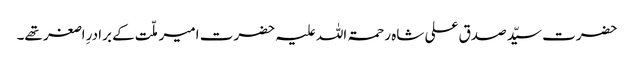
حضرت سیّد صدق علی شاہ رحمۃ اللہ علیہ حضرت امیر ملّت کے برادرِ اصغر تھے۔